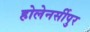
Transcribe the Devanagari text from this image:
होलेनर्सीपुर